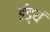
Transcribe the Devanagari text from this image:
ईड्यं